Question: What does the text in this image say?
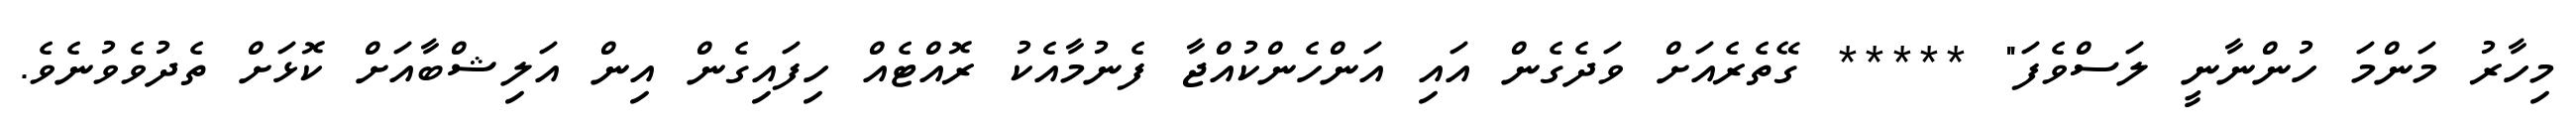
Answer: މިހާރު މަންމަ ހުންނާނީ ލަސްވެފަ" ***** ގޭތެރެއަށް ވަދެގެން އައި އަންހެންކުއްޖާ ފެނުމާއެކު ރޮއްޓެއް ހިފައިގެން އިން އަލިޝްބާއަށް ކޮޅަށް ތެދުވެވުނެވެ.